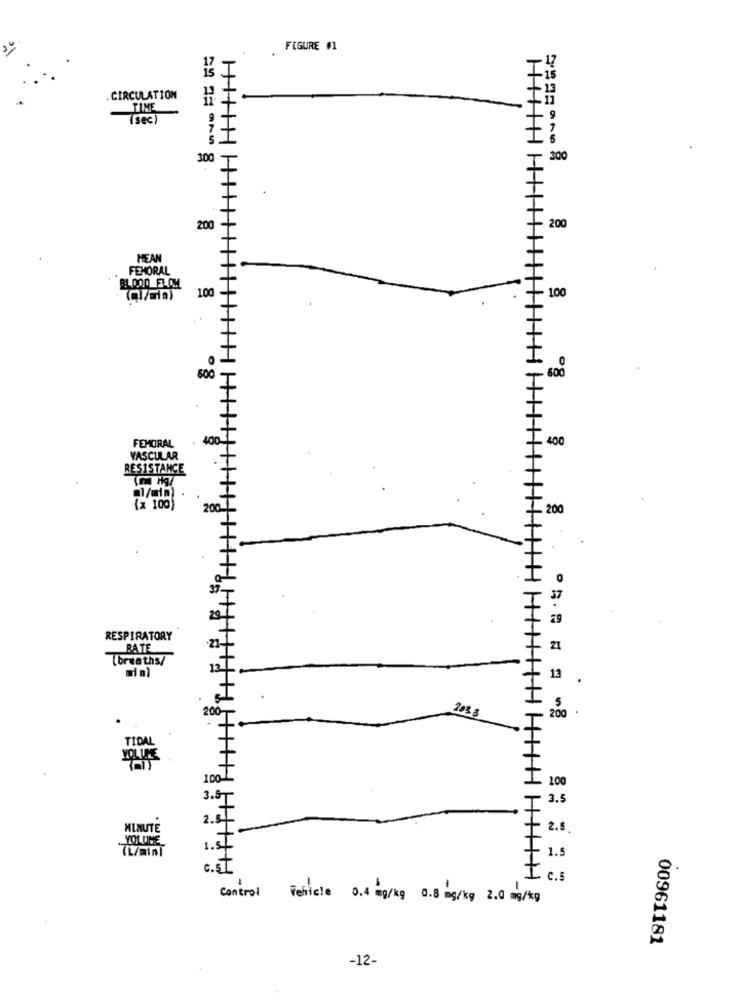
FIGURE #1
. CIRCULATION
11
TIME
(sec)
300
300
.
200
. 200
HEAM
FEMORAL
100
- 100
500
- 600
FEMORAL
- 400
VASCULAR
RESISTANCE
(x 100)
_ 200
RESPIRATORY
RATE
21
(breaths/
13
200
2033
100
3.5
MINUTE
2.5
VOLUME
1.5
C.5
Control Vehicle 0.4 mg/kg 0.8 mg/kg 2.0 mg/kg
00961181
-12-